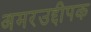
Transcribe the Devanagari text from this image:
अमरउद्दीपक